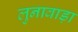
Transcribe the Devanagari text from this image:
लुनावाड़ा